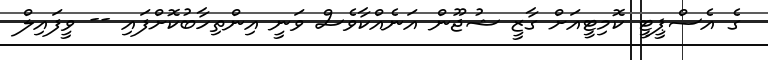
ގެ އެސްޕީޓީ ކޮމިޓީއަށް ގާޒީ ޝުޖޫން އަނެއްކާވެސް ވަނީ އިންތިހާބުކޮށްފައި -- ވީފައިލް